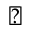
\blacktriangledown